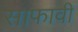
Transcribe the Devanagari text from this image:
साफावी